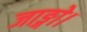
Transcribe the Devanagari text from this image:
जाङ्गो।